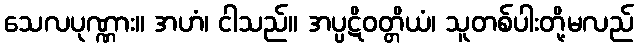
သေလပုဏ္ဏား။ အဟံ၊ ငါသည်။ အပ္ပဋိဝတ္တိယံ၊ သူတစ်ပါးတို့မလည်